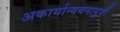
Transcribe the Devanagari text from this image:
अकार्यान्वयनापूर्वी